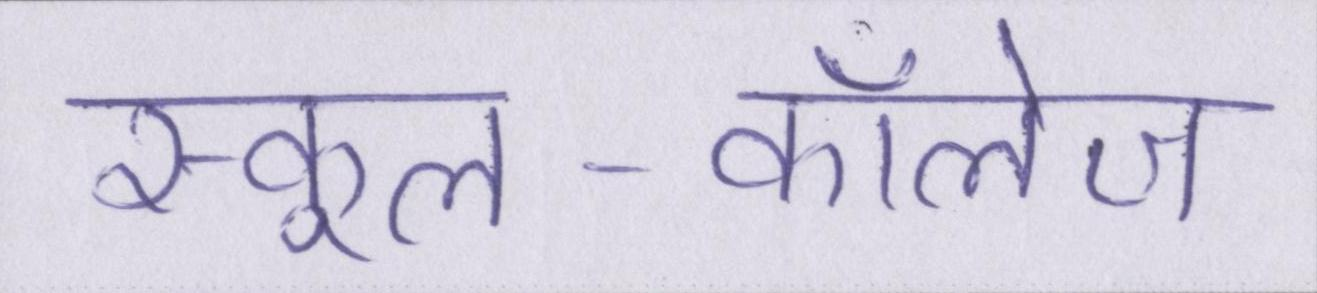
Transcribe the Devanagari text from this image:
स्कूल-कॉलेज